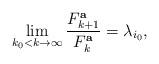
LaTeX: \begin{align*}\lim_{k_0<k\to\infty} \frac{F^{\bf a}_{k+1}}{F^{\bf a}_k}=\lambda_{i_0}, \end{align*}